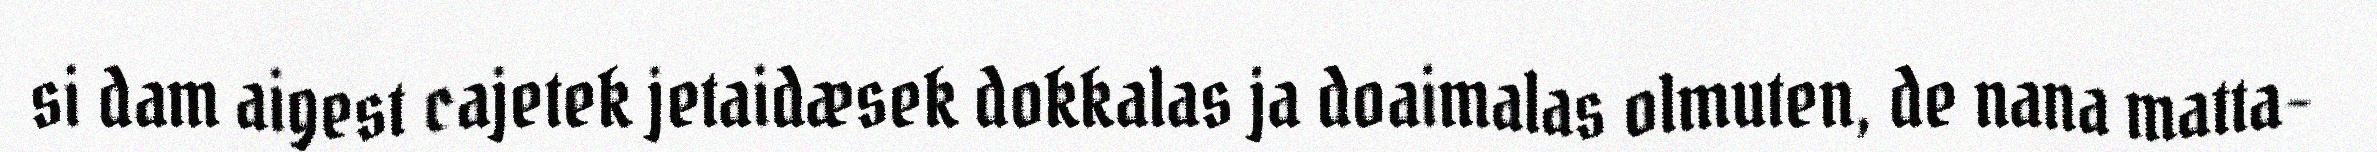
si dam aigest cajetek jetaidæsek dokkalas ja doaimalas olmuten, de nana matta-